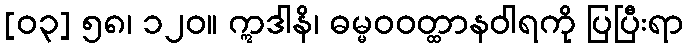
[၀၃] ၅၈၊ ၁၂၀။ ဣဒါနိ၊ ဓမ္မဝဝတ္ထာနဝါရကို ပြပြီးရာ